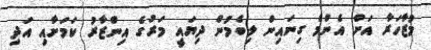
މުޒާހަރާ އަށް އެންމެ ގިނައިން ލިބެމުން ދިޔައީ މަރުގެ އިންޒާރު ކަމަށާއި އަދި